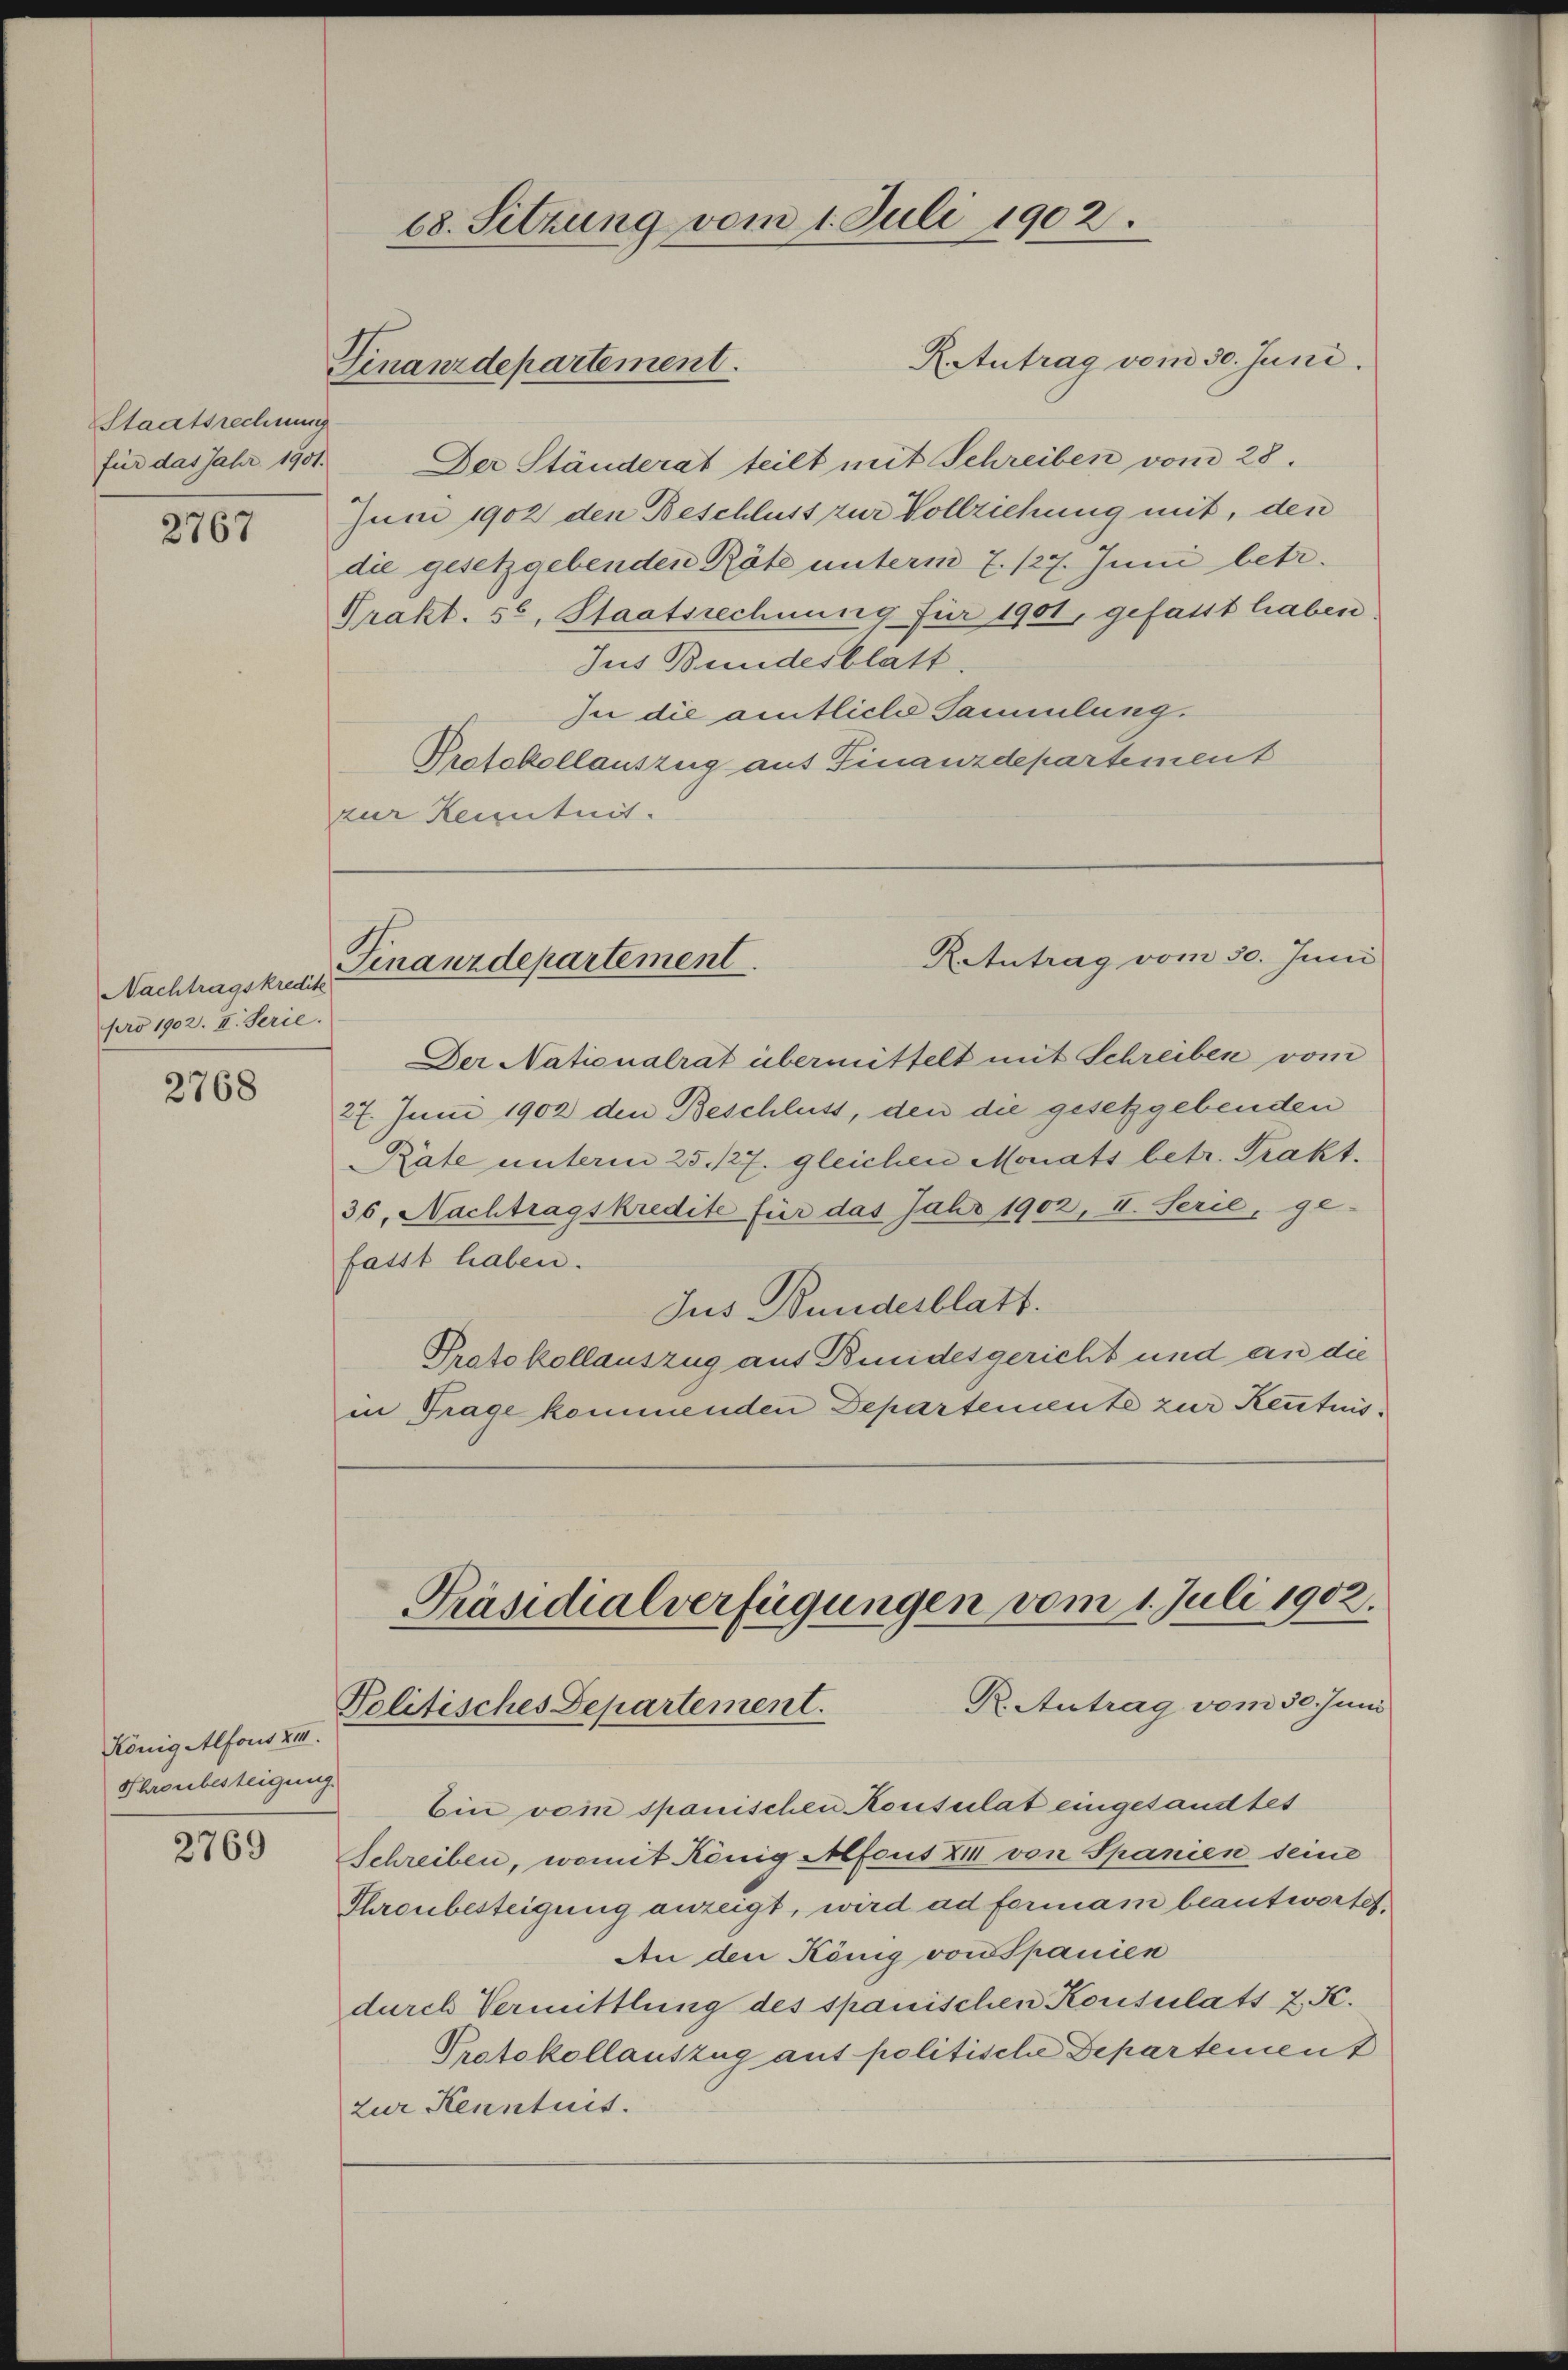
Staatsrechnung

2767

Nachtragskredite
pro 1902. II. Serie.

2768

König Alfons XII.
Shronbesteigung.

2769

68. Sitzung vom 1. Juli 1902.
KAtutrag vom 30. Juni.
Finanzdepartement.

für das Jahr 1901. Der Ständerat teilt mit Schreiben vom 28.
Juni 1902 den Beschluss zur Vollziehung mit, den
die gesetzgebenden Räte unterm 7. 127. Juni betr.
Prakt. 36, Staatsrechnung für 1901, gefasst haben
Jus Bundesblatt.
In die amtliche Sammlung.
Protokollauszug aus Finanzdepartement
zur Reintuit.

Retutrag vom 30. Juni
Finanzdepartement

Der Nationalrat übermittelt mit Schreiben vom
27. Juni 1902 den Beschluss, den die gesetzgebenden
Räte unterm 25. 127. gleichen Monats betr. Prakt.
36, Nachtragskredite für das Jahr 1902, II. Serie, ge-
fasst haben.
Jus Bundesblatt.
Protokollauszug aus Bundesgericht und an die
in Trage kommenden Departemente zur Kenntnis¬

Präsidialverfügungen vom 1. Juli 1902.
R. Antrag vom 30. Juni
Politisches Departement.

Ein vom spanischen Konsulat eingesandtes
Schreiben, womit König Alfous XIII von Spanien, seine
Ihrenbesteigung anzeigt, wird ad formam beantwortet,
An den König von Spanien
durch Vermittlung des spanischen Konsulats J. K.
Protokollauszug auf politische Departement
Zur Kenntnis.